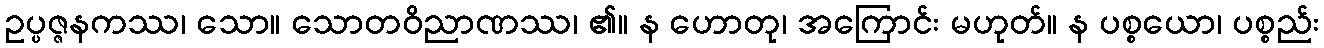
ဥပ္ပဇ္ဇနကဿ၊ သော။ သောတဝိညာဏဿ၊ ၏။ န ဟောတု၊ အကြောင်း မဟုတ်။ န ပစ္စယော၊ ပစ္စည်း